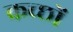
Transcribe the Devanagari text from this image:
कच्छों